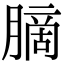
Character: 䐱